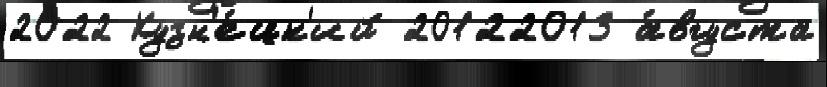
2022 Кузн'е́цк'ий 20122013 а́вгуста